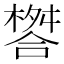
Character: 𣛋